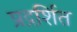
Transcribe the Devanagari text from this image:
प्रद्रर्शित